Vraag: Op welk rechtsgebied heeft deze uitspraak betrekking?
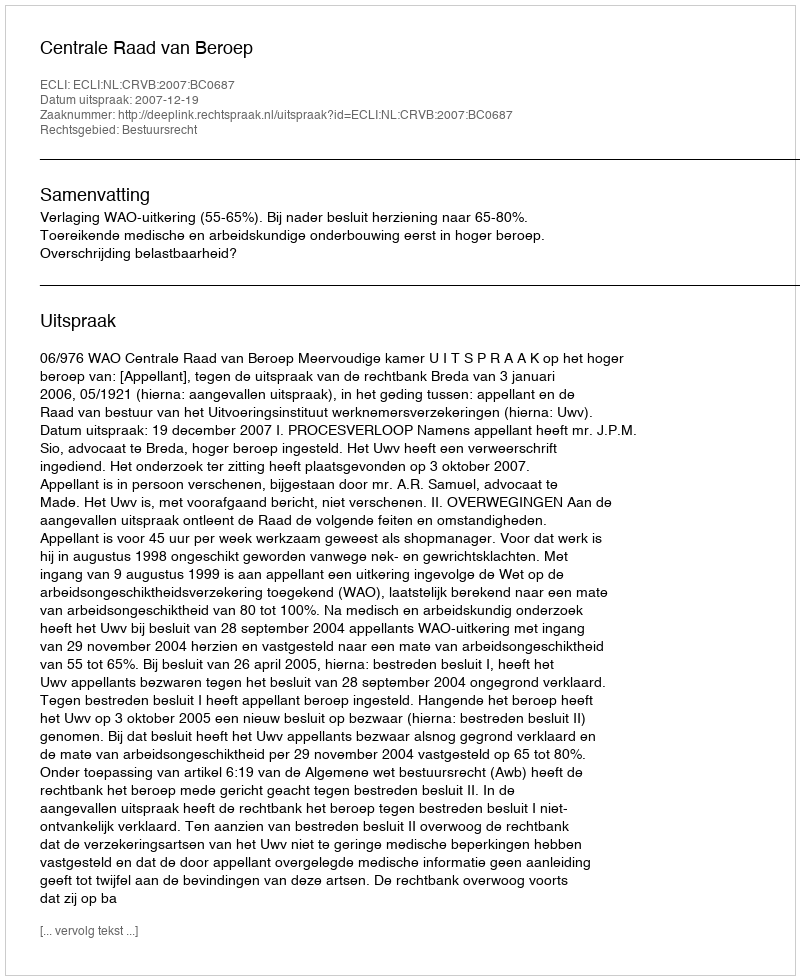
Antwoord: Bestuursrecht